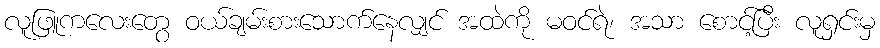
လူဖြူကလေးတွေ ဝယ်ချမ်းစားသောက်နေလျှင် အထဲကို မဝင်ရဲ၊ အသာ စောင့်ပြီး လူရှင်းမှ